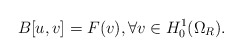
\begin{align*}B[u,v]= F(v), \forall v\in H^1_0(\Omega_R).\end{align*}